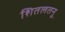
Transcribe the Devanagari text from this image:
शितलतनु